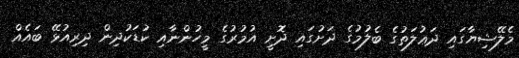
މެލޭޝިޔާގައި ދަޢުލަތުގެ ބެލުމުގެ ދަށުގައި ދޮށީ އުމުރުގެ މީހުންނާއި ކުޑަކުދިން ދިރިއުޅޭ ބައެއް